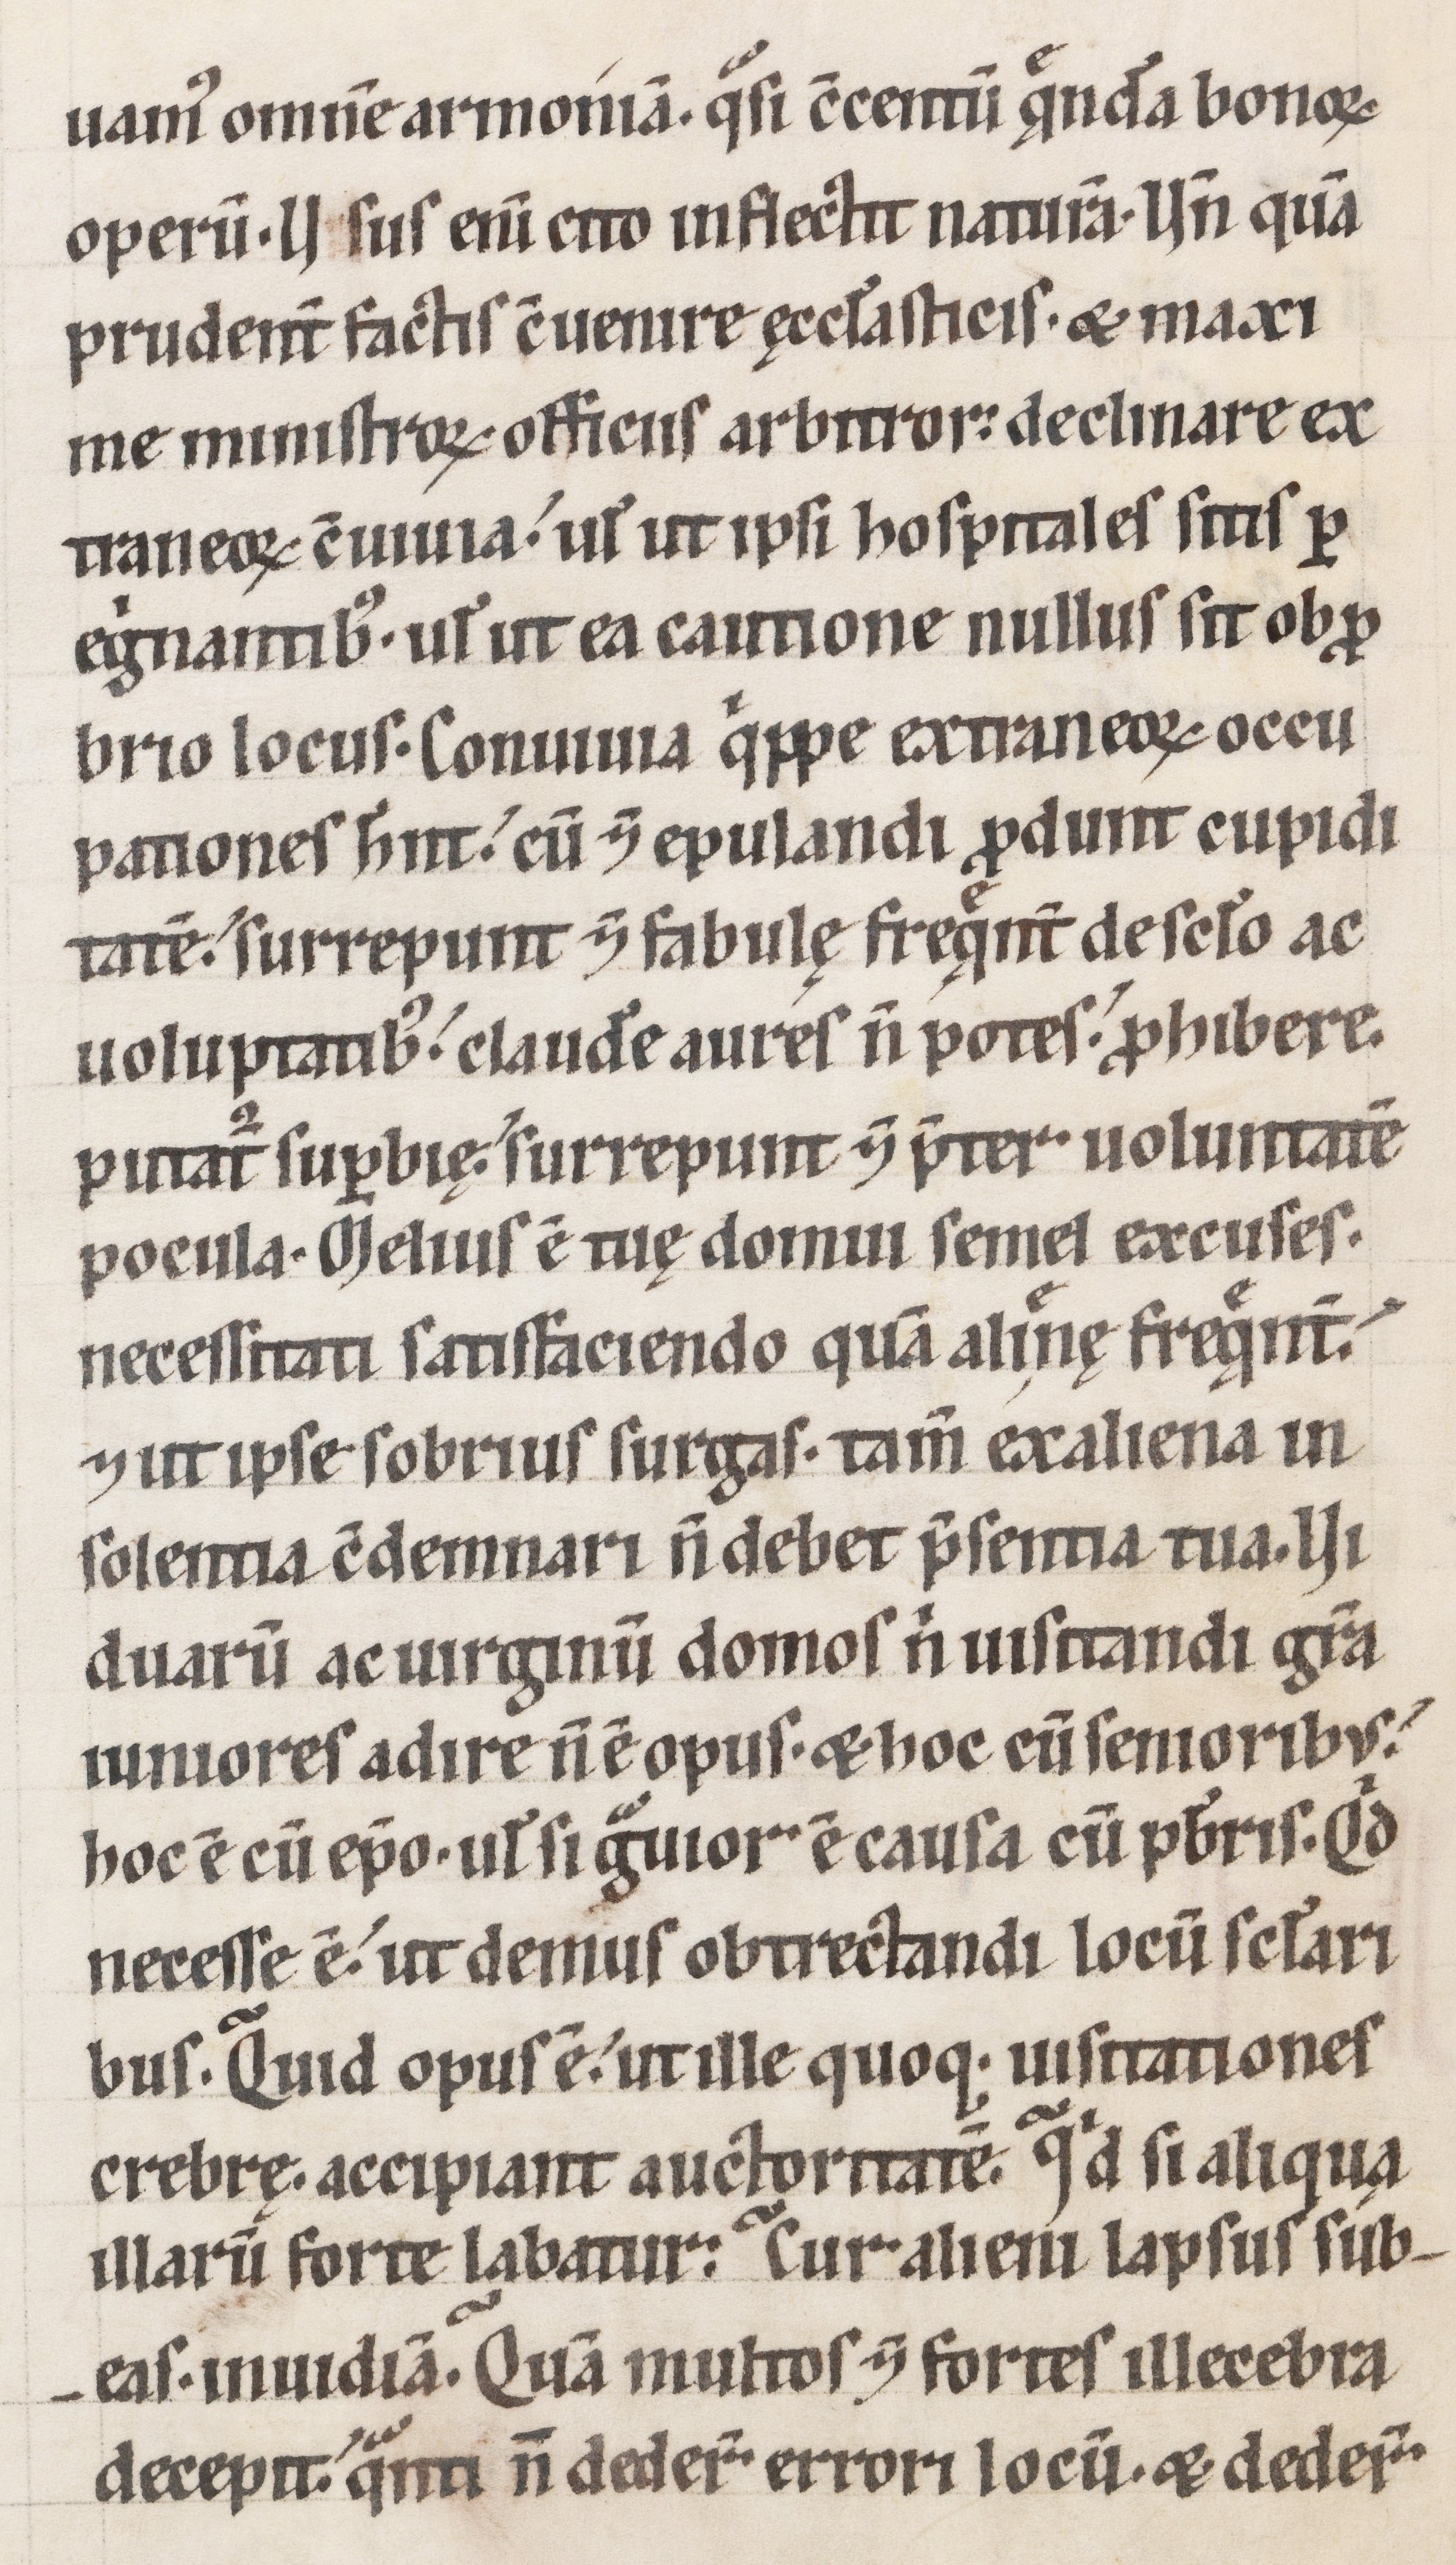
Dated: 1100–1199